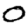
Digit: 0